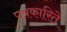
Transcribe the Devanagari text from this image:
पत्रकारिते